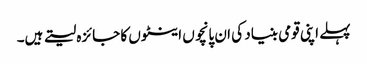
پہلے اپنی قومی بنیاد کی ان پانچوں اینٹوں کا جائزہ لیتے ہیں۔